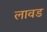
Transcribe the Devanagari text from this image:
लावड